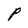
Character: P